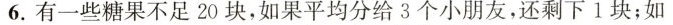
6.有一些糖果不足20块，如果平均分给3个小朋友，还剩下1块；如